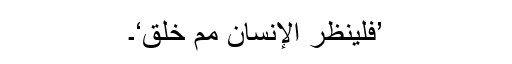
’فَلْیَنظُرِ الْإِنسَانُ مِمَّ خُلِقَ‘۔